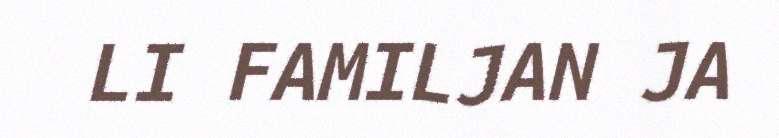
LI FAMILJAN JA